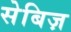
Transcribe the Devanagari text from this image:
सेबिज़